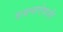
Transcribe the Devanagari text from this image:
वजनाऐवजी